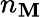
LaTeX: n_{\mathbf{M}}